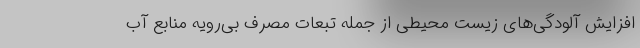
افزایش آلودگی‌های زیست محیطی از جمله تبعات مصرف بی‌رویه منابع آب